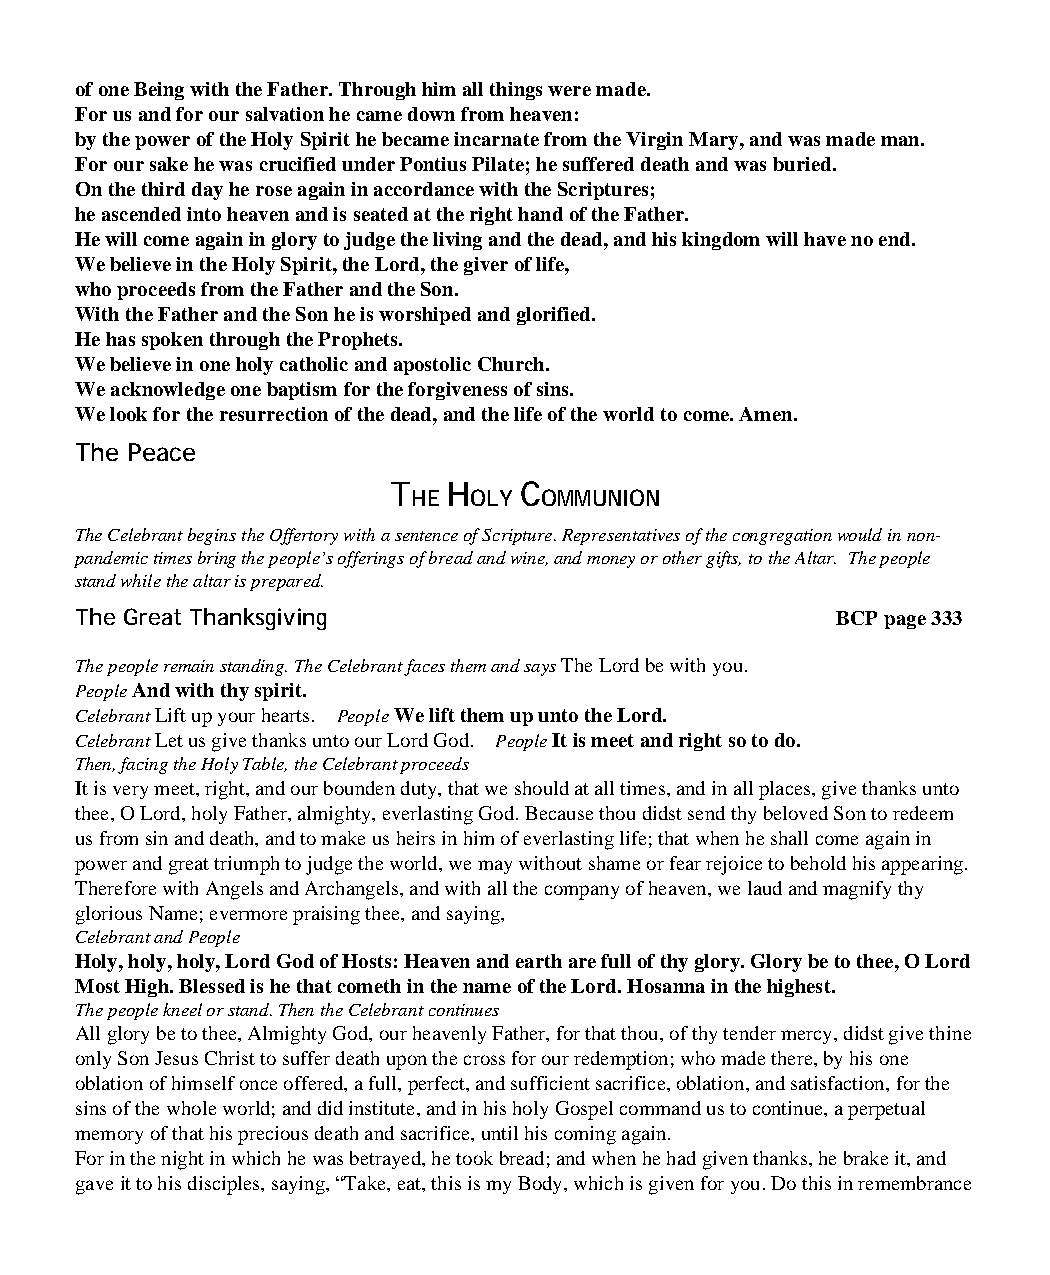
of one Being with the Father. Through him all things were made.
 For us and for our salvation he came down from heaven:
 by the power of the Holy Spirit he became incarnate from the Virgin Mary, and was made man.
 For our sake he was crucified under Pontius Pilate; he suffered death and was buried.
 On the third day he rose again in accordance with the Scriptures;
 he ascended into heaven and is seated at the right hand of the Father.
 He will come again in glory to judge the living and the dead, and his kingdom will have no end.
 We believe in the Holy Spirit, the Lord, the giver of life,
 who proceeds from the Father and the Son.
 With the Father and the Son he is worshiped and glorified.
 He has spoken through the Prophets.
 We believe in one holy catholic and apostolic Church.
 We acknowledge one baptism for the forgiveness of sins.
 We look for the resurrection of the dead, and the life of the world to come. Amen.
 The Peace
 T   H   C
 HE  OLY  OMMUNION
 The Celebrant begins the Offertory with a sentence of Scripture. Representatives of the congregation would in non-
 pandemic times bring the people’s offerings of bread and wine, and money or other gifts, to the Altar. The people
 stand while the altar is prepared.
 The Great Thanksgiving                            BCP page 333
 The people remain standing. The Celebrant faces them and says The Lord be with you.
 People And with thy spirit.
 Celebrant Lift up your hearts. People We lift them up unto the Lord.
 Celebrant Let us give thanks unto our Lord God. People It is meet and right so to do.
 Then, facing the Holy Table, the Celebrant proceeds
 It is very meet, right, and our bounden duty, that we should at all times, and in all places, give thanks unto
 thee, O Lord, holy Father, almighty, everlasting God. Because thou didst send thy beloved Son to redeem
 us from sin and death, and to make us heirs in him of everlasting life; that when he shall come again in
 power and great triumph to judge the world, we may without shame or fear rejoice to behold his appearing.
 Therefore with Angels and Archangels, and with all the company of heaven, we laud and magnify thy
 glorious Name; evermore praising thee, and saying,
 Celebrant and People
 Holy, holy, holy, Lord God of Hosts: Heaven and earth are full of thy glory. Glory be to thee, O Lord
 Most High. Blessed is he that cometh in the name of the Lord. Hosanna in the highest.
 The people kneel or stand. Then the Celebrant continues
 All glory be to thee, Almighty God, our heavenly Father, for that thou, of thy tender mercy, didst give thine
 only Son Jesus Christ to suffer death upon the cross for our redemption; who made there, by his one
 oblation of himself once offered, a full, perfect, and sufficient sacrifice, oblation, and satisfaction, for the
 sins of the whole world; and did institute, and in his holy Gospel command us to continue, a perpetual
 memory of that his precious death and sacrifice, until his coming again.
 For in the night in which he was betrayed, he took bread; and when he had given thanks, he brake it, and
 gave it to his disciples, saying, “Take, eat, this is my Body, which is given for you. Do this in remembrance